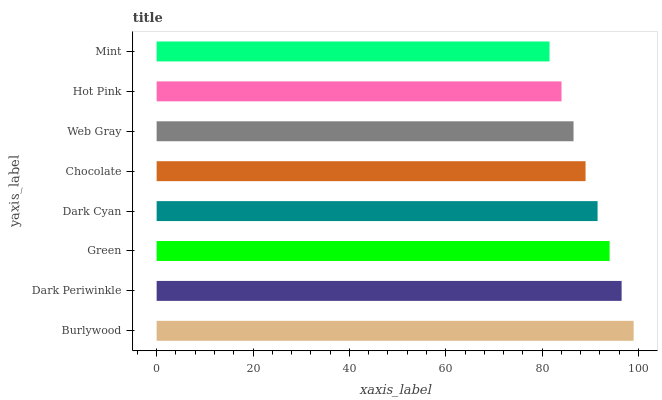
| yaxis_label | bars |
 | --- | --- |
 | Burlywood | 99 |
 | Dark Periwinkle | 96.5 |
 | Green | 94 |
 | Dark Cyan | 91.5 |
 | Chocolate | 89 |
 | Web Gray | 86.5 |
 | Hot Pink | 84 |
 | Mint | 81.5 |